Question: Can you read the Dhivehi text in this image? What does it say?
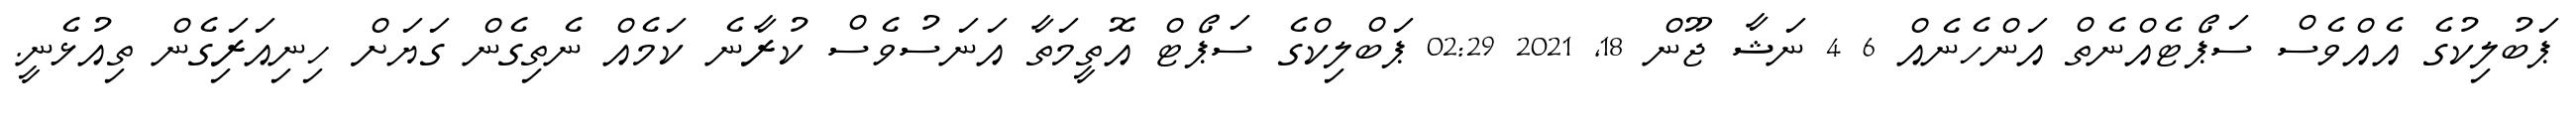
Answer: ޕަބުލިކުގެ އެއްވެސް ސަޕޯޓެއްނެތް އަންހެނެއް 6 4 ނަޝާ ޖޫން 18, 2021 02:29 ޕަބްލިކްގެ ސަޕޯޓް އޮތީމަތާ އަނަސުވެސް ކުރާނެ ކަމެއް ނެތިގެން ގަޔަށް ހިނިއަރަިގެން ތިއުޅެނީ.